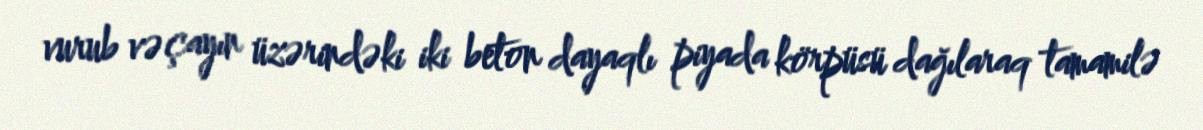
vurub və çayın üzərindəki iki beton dayaqlı piyada körpüsü dağılaraq tamamilə